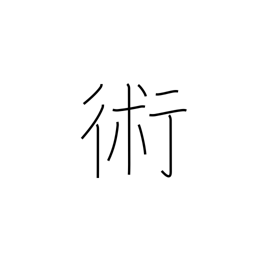
Meaning: art